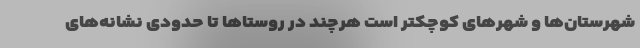
شهرستان‌ها و شهرهای کوچکتر است هرچند در روستاها تا حدودی نشانه‌های